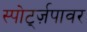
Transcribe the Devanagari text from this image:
स्पोर्ट्ज़पावर